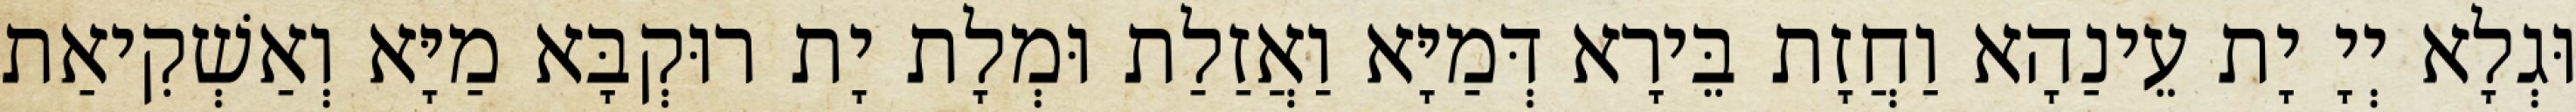
וּגְלָא יְיָ יָת עֵינַהָא וַחֲזָת בֵּירָא דְּמַיָּא וַאֲזַלַת וּמְלָת יָת רוּקְבָּא מַיָּא וְאַשְׁקִיאַת